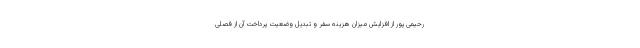
رحیمی پور از افزایش میزان هزینه سفر و تبدیل وضعیت پرداخت آن از فصلی